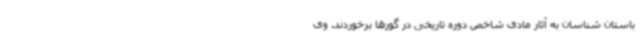
باستان شناسان به آثار مادی شاخص دوره تاریخی در گورها برخوردند. وی